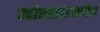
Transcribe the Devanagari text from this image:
क्वीन्सलंडमधील